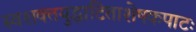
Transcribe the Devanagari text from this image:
स्वशक्तयुद्धाटिताशेषकपाटः